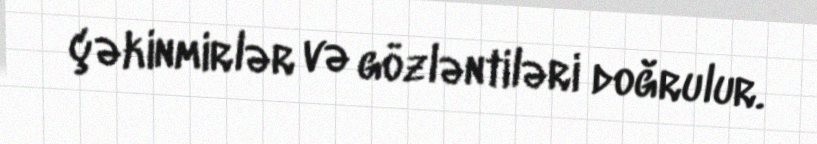
çəkinmirlər və gözləntiləri doğrulur.